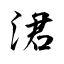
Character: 涒